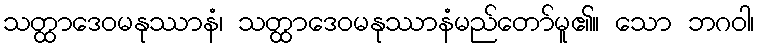
သတ္ထာဒေဝမနုဿာနံ၊ သတ္ထာဒေဝမနုဿာနံမည်တော်မူ၏။ သော ဘဂဝါ၊